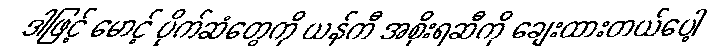
ဒါဖြင့် မောင့် ပိုက်ဆံတွေကို ယန်ကီ အစိုးရဆီကို ချေးထားတယ်ပေါ့